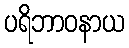
ပရိဘာဝနာယ